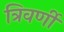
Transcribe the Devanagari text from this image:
त्रिवर्णी